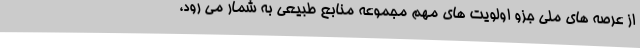
از عرصه های ملی جزو اولویت های مهم مجموعه منابع طبیعی به شمار می رود،